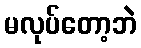
မလုပ်တော့ဘဲ